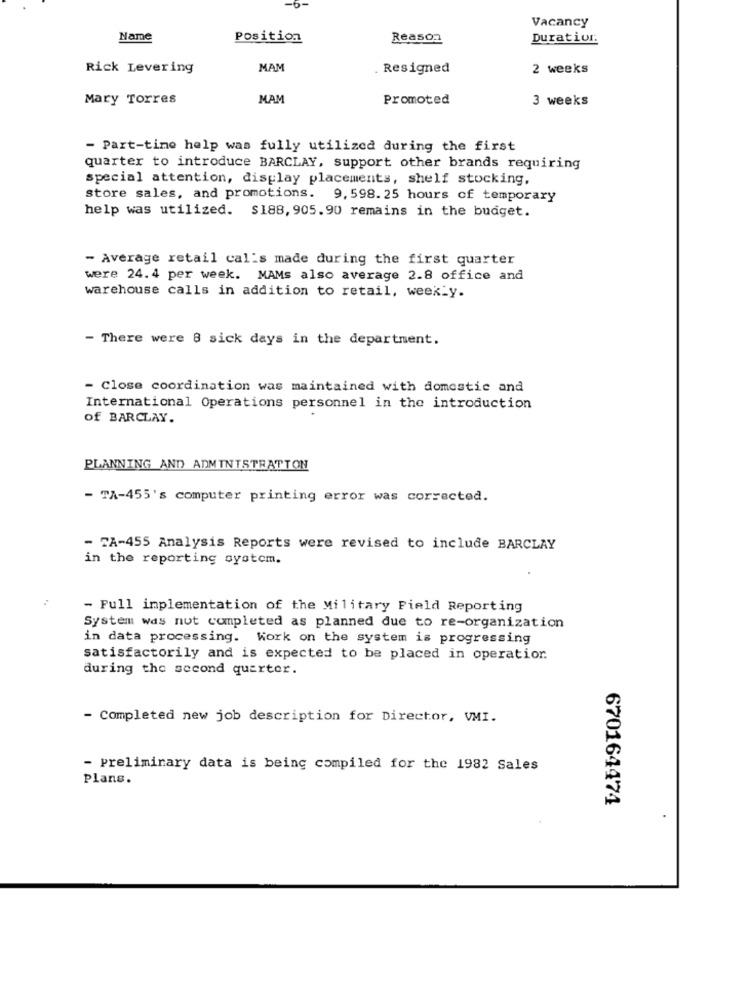
-6-
Vacancy
Name
Position
Reason
Duration:
Rick Levering
MAM
Resigned
2 weeks
Mary Torres
MAM
Promoted
3 weeks
- Part-time help was fully utilized during the first
quarter to introduce BARCLAY, support other brands requiring
special attention, display placements, shelf stocking,
store sales, and promotions. 9, 598. 25 hours of temporary
help was utilized. $188, 905.90 remains in the budget.
- Average retail cal's made during the first quarter
were 24.4 per week. MAMs also average 2.8 office and
warehouse calls in addition to retail, weekly.
- There were 8 sick days in the department.
- Close coordination was maintained with domestic and
International Operations personnel in the introduction
of BARCLAY.
PLANNING AND ADMINISTRATION
- TA-455's computer printing error was corrected.
- TA-455 Analysis Reports were revised to include BARCLAY
in the reporting system.
- Full implementation of the Military Field Reporting
System was not completed as planned due to re-organization
in data processing. Work on the system is progressing
satisfactorily and is expected to be placed in operation.
during the second quarter.
- Completed new job description for Director, VMI.
- preliminary data is being compiled for the 1982 Sales
Plans.
670164474
.